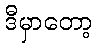
ဒီမှာတော့